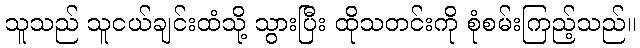
သူသည် သူငယ်ချင်းထံသို့ သွားပြီး ထိုသတင်းကို စုံစမ်းကြည့်သည်။